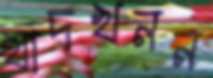
খাদখনন